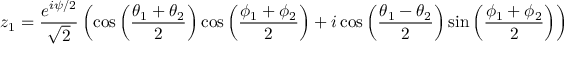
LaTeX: z _ { 1 } = \frac { e ^ { i \psi / 2 } } { \sqrt { 2 } } \left( \cos \left( \frac { \theta _ { 1 } + \theta _ { 2 } } { 2 } \right) \cos \left( \frac { \phi _ { 1 } + \phi _ { 2 } } { 2 } \right) + i \cos \left( \frac { \theta _ { 1 } - \theta _ { 2 } } { 2 } \right) \sin \left( \frac { \phi _ { 1 } + \phi _ { 2 } } { 2 } \right) \right)